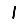
Digit: 1